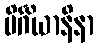
ပိင်္ဂိယာနိနာ